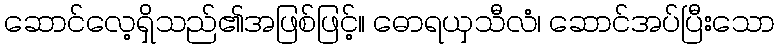
ဆောင်လေ့ရှိသည်၏အဖြစ်ဖြင့်။ ဓောရယှသီလံ၊ ဆောင်အပ်ပြီးသော